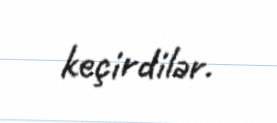
keçirdilər.